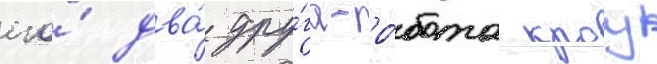
его́ два́ дру́га-ро́бота кроу